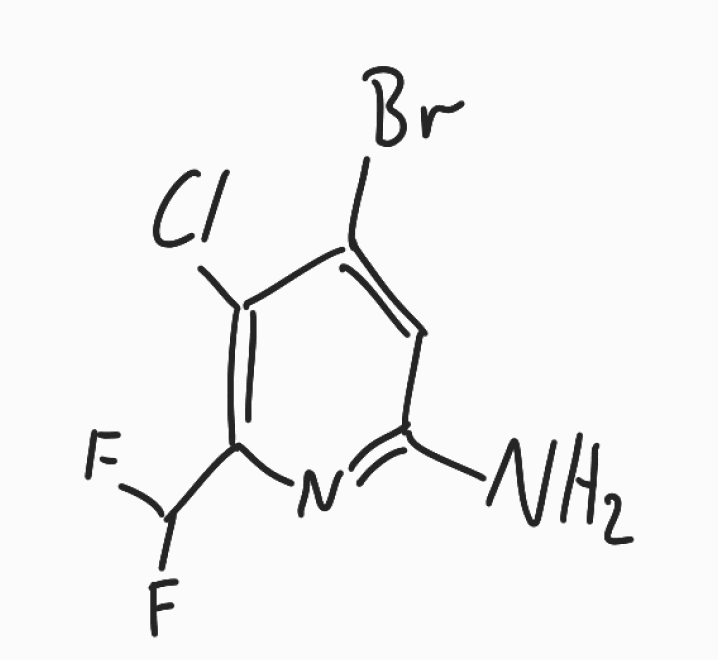
Simplified molecular-input line-entry system (SMILES) notation of the given molecule:
C1=C(C(=C(N=C1N)C(F)F)Cl)Br